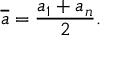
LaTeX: { \overline { { a } } } = { \frac { a _ { 1 } + a _ { n } } { 2 } } .